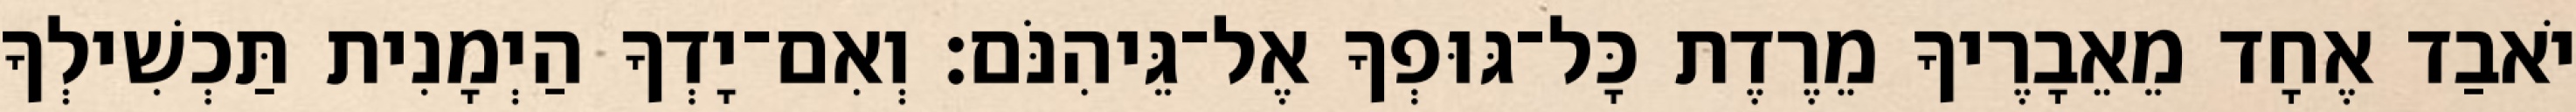
יֹאבַד אֶחָד מֵאֵבָרֶיךָ מֵרֶדֶת כָּל־גּוּפְךָ אֶל־גֵּיהִנֹּם׃ וְאִם־יָדְךָ הַיְמָנִית תַּכְשִׁילְךָ